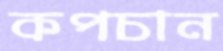
কপচান